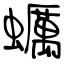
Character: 蠣